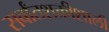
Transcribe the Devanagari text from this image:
सर्वांतशक्तीशाली